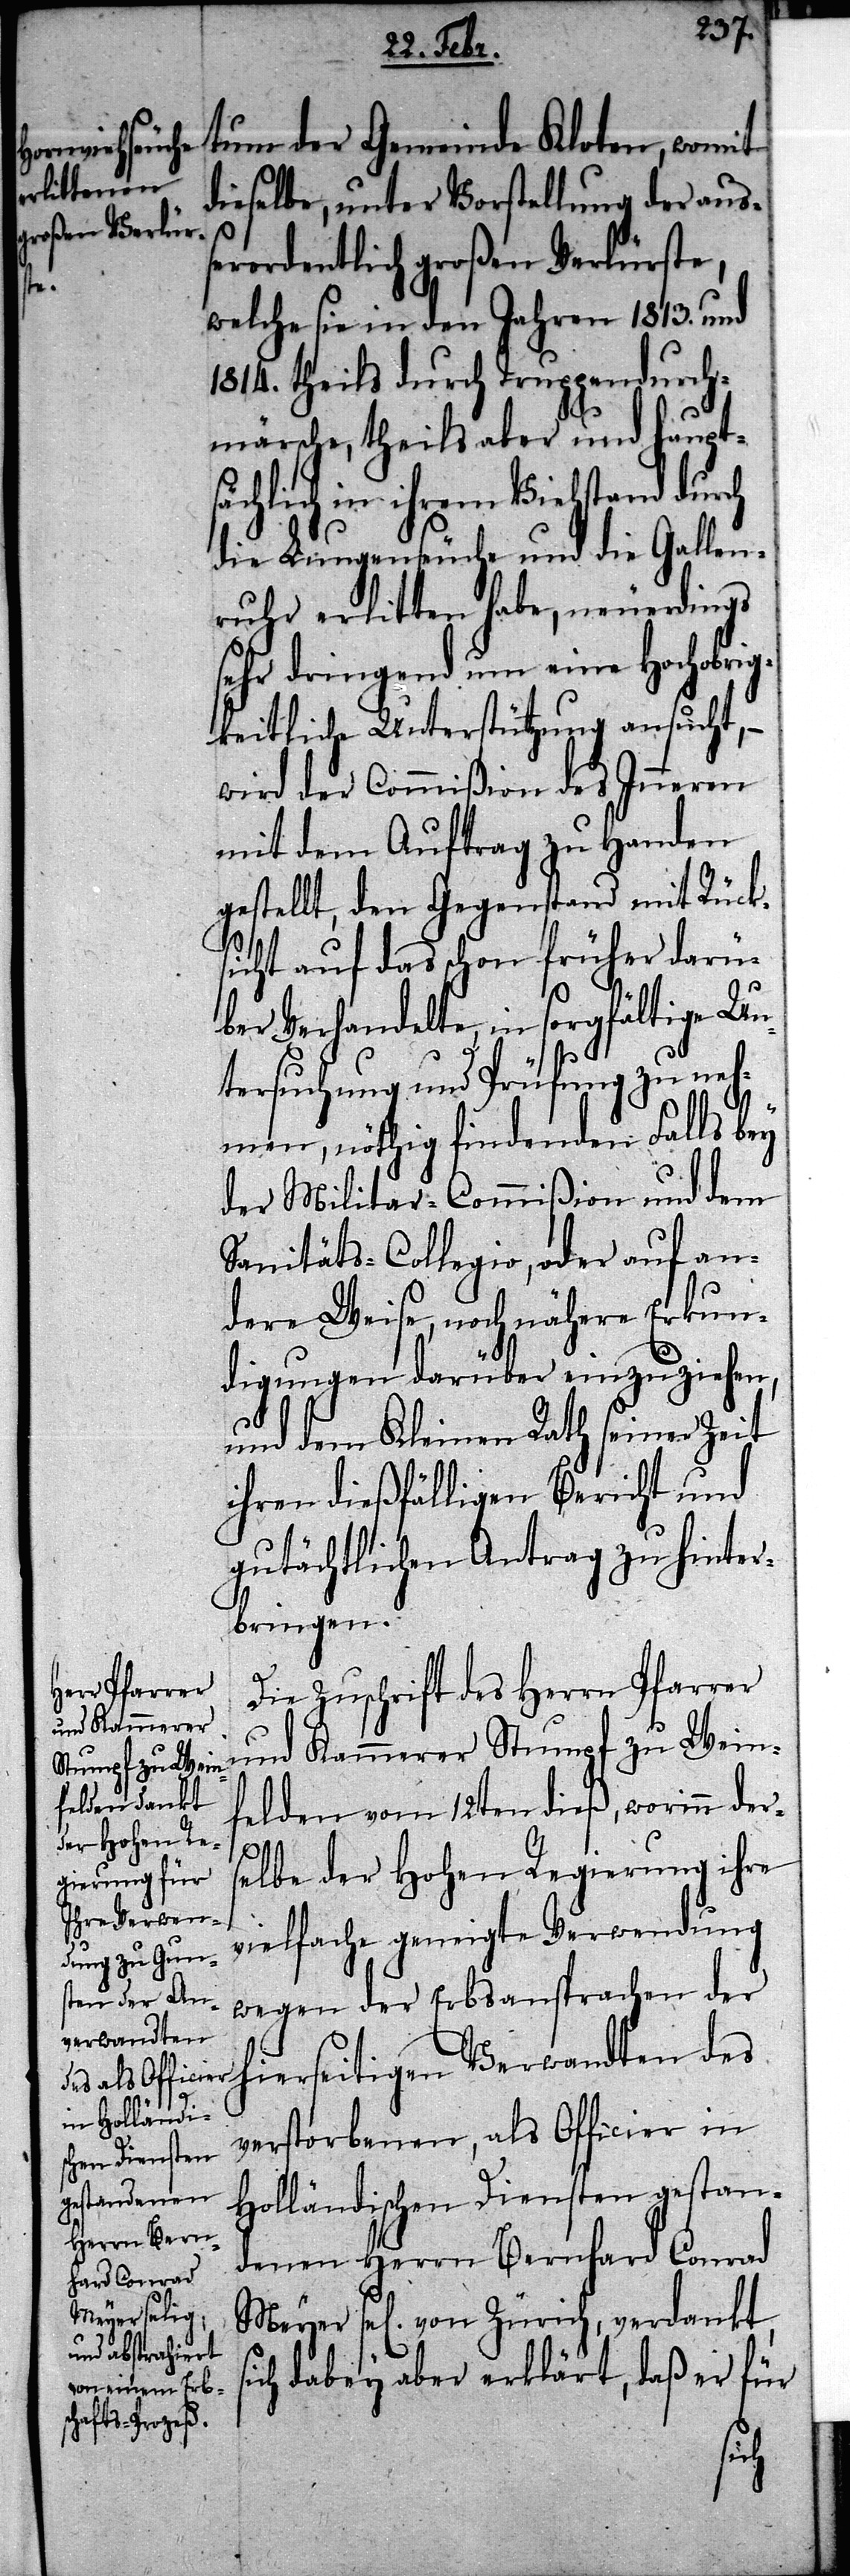
und Kammerer
Stumpf zu Wein¬

tum der Gemeinde Kloten, womit
dieselbe, unter Vorstellung der auß¬
erordentlich großen Verlurste,
welche sie in den Jahren 1813. und
1814. theils durch Truppendurch¬
märsche, theils aber und haupts¬
ächlich in ihrem Viechstand durch
die Lungenseuche und die Gallen¬
ruhr erlitten habe, neuerdings
sehr dringend um eine Hochobrig¬
keitliche Unterstützung ansucht, –
wird der Commißion des Inneren
mit dem Auftrag zu Handen
gestellt, den Gegenstand mit Rück¬
sicht auf das schon früher darü¬
ber Verhandelte, in sorgfältige Un¬
tersuchung und Prüfung zu neh¬
men, nöthig findenen Falls bey
der Militar-Commißion und dem
Sanitäts-Collegio, oder auf an¬
dere Weise, noch nähere Erkun¬
digungen darüber einzuziehen,
und dem Kleinen Rath seiner Zeit
ihren dießfälligen Bericht und
gutächtlichen Antrag zu hinter¬
bringen.
Die Zuschrift des Herrn Pfarrer
felden vom 12ten dieß, worinn ders¬
si¬
elbe der Hohen Regierung ihre
vielfache geneigte Verwendung
wegen der Erbsansprachen der
hierseitigen Verwandten des
verstorbenen, als Officier in
Holländischen Diensten gestan¬
denen Herrn Bernhard Conrad
sel[igen] von Zürich, verdankt,
ch dabey aber erklärt, daß er für